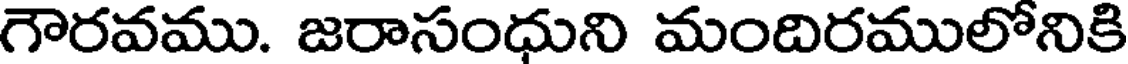
గౌరవము. జరాసంధుని మందిరములోనికి